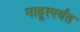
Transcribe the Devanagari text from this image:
माहूरपर्यंत